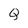
Character: Q